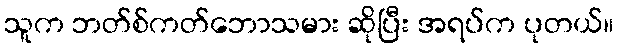
သူက ဘတ်စ်ကတ်ဘောသမား ဆိုပြီး အရပ်က ပုတယ်။